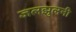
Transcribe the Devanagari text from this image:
जलझुलनी